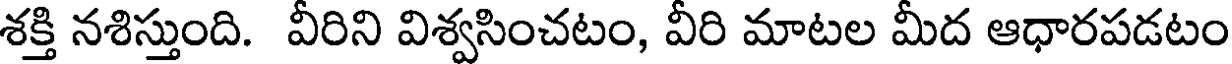
శక్తి నశిస్తుంది. వీరిని విశ్వసించటం, వీరి మాటల మీద ఆధారపడటం